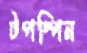
টপস্পিন